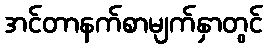
အင်တာနက်စာမျက်နှာတွင်